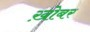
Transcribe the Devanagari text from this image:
ख़ोबर